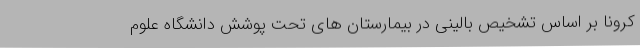
کرونا بر اساس تشخیص بالینی در بیمارستان های تحت پوشش دانشگاه علوم